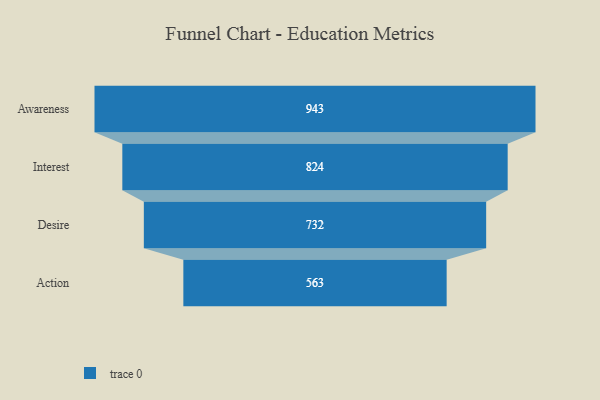
{"axis": {"x": "Stage", "y": "Value"}, "legend": [""], "data": [{"x": "Awareness", "y": 943.0, "type": ""}, {"x": "Interest", "y": 824.0, "type": ""}, {"x": "Desire", "y": 732.0, "type": ""}, {"x": "Action", "y": 563.0, "type": ""}]}